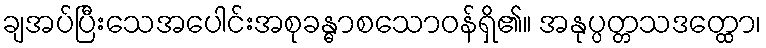
ချအပ်ပြီးသေအပေါင်းအစုခန္ဓာစသောဝန်ရှိ၏။ အနုပ္ပတ္တသဒတ္ထော၊